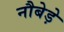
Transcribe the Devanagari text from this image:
नौबेड़े